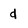
Character: d